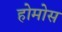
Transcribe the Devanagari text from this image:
होमोस